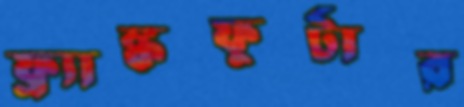
ফ্র্যাঙ্কফুর্টার